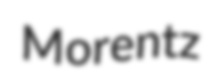
Morentz